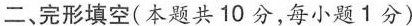
二、完形填空（本题共 10 分，每小题1分）